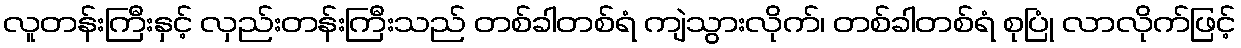
လူတန်းကြီးနှင့် လှည်းတန်းကြီးသည် တစ်ခါတစ်ရံ ကျဲသွားလိုက်၊ တစ်ခါတစ်ရံ စုပြုံ လာလိုက်ဖြင့်